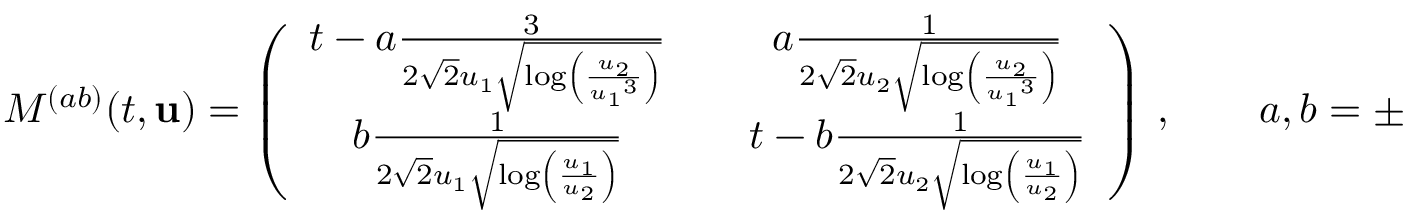
M ^ { ( a b ) } ( t , { \mathbf { u } } ) = \left( \begin{array} { c c c } { t - a \frac { 3 } { 2 \sqrt { 2 } { u _ { 1 } } \sqrt { \log \left( \frac { { u _ { 2 } } } { { u _ { 1 } } ^ { 3 } } \right) } } } & & { a \frac { 1 } { 2 \sqrt { 2 } { u _ { 2 } } \sqrt { \log \left( \frac { { u _ { 2 } } } { { u _ { 1 } } ^ { 3 } } \right) } } } \\ { b \frac { 1 } { 2 \sqrt { 2 } { u _ { 1 } } \sqrt { \log \left( \frac { { u _ { 1 } } } { { u _ { 2 } } } \right) } } } & & { t - b \frac { 1 } { 2 \sqrt { 2 } { u _ { 2 } } \sqrt { \log \left( \frac { { u _ { 1 } } } { { u _ { 2 } } } \right) } } } \end{array} \right) \, , \qquad a , b = \pm